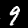
Digit: 9